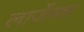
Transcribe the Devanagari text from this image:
लार्जेमन्न